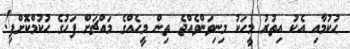
ޙުކުމާއި އެކު އިތުރު މީހަކު މިނިވަންވެއްޖެ ތިން މީހެއްގެ މައްޗަށް ފަހުގެ ޙުކުމްކޮށްފި!